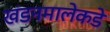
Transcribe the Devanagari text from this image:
खंडनमालेकडे